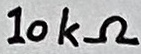
Text: 10kΩ